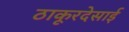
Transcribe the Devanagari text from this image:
ठाकूरदेसाई